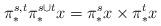
LaTeX: \begin{align*} \pi^{s,t}_* \pi^{s\cup t}_* x = \pi^s_* x \times \pi^t_* x \end{align*}